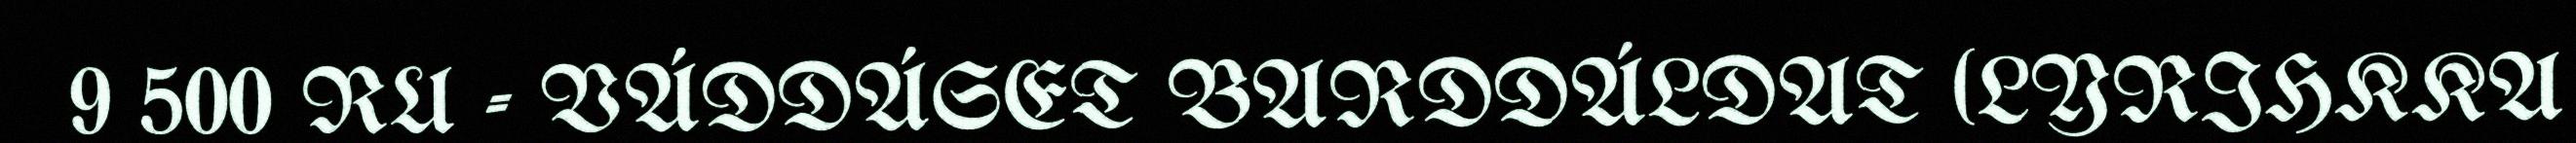
9 500 RU - VÁDDÁSET BARDDÁLDAT (LYRIHKKA